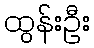
ထွန်းဦး